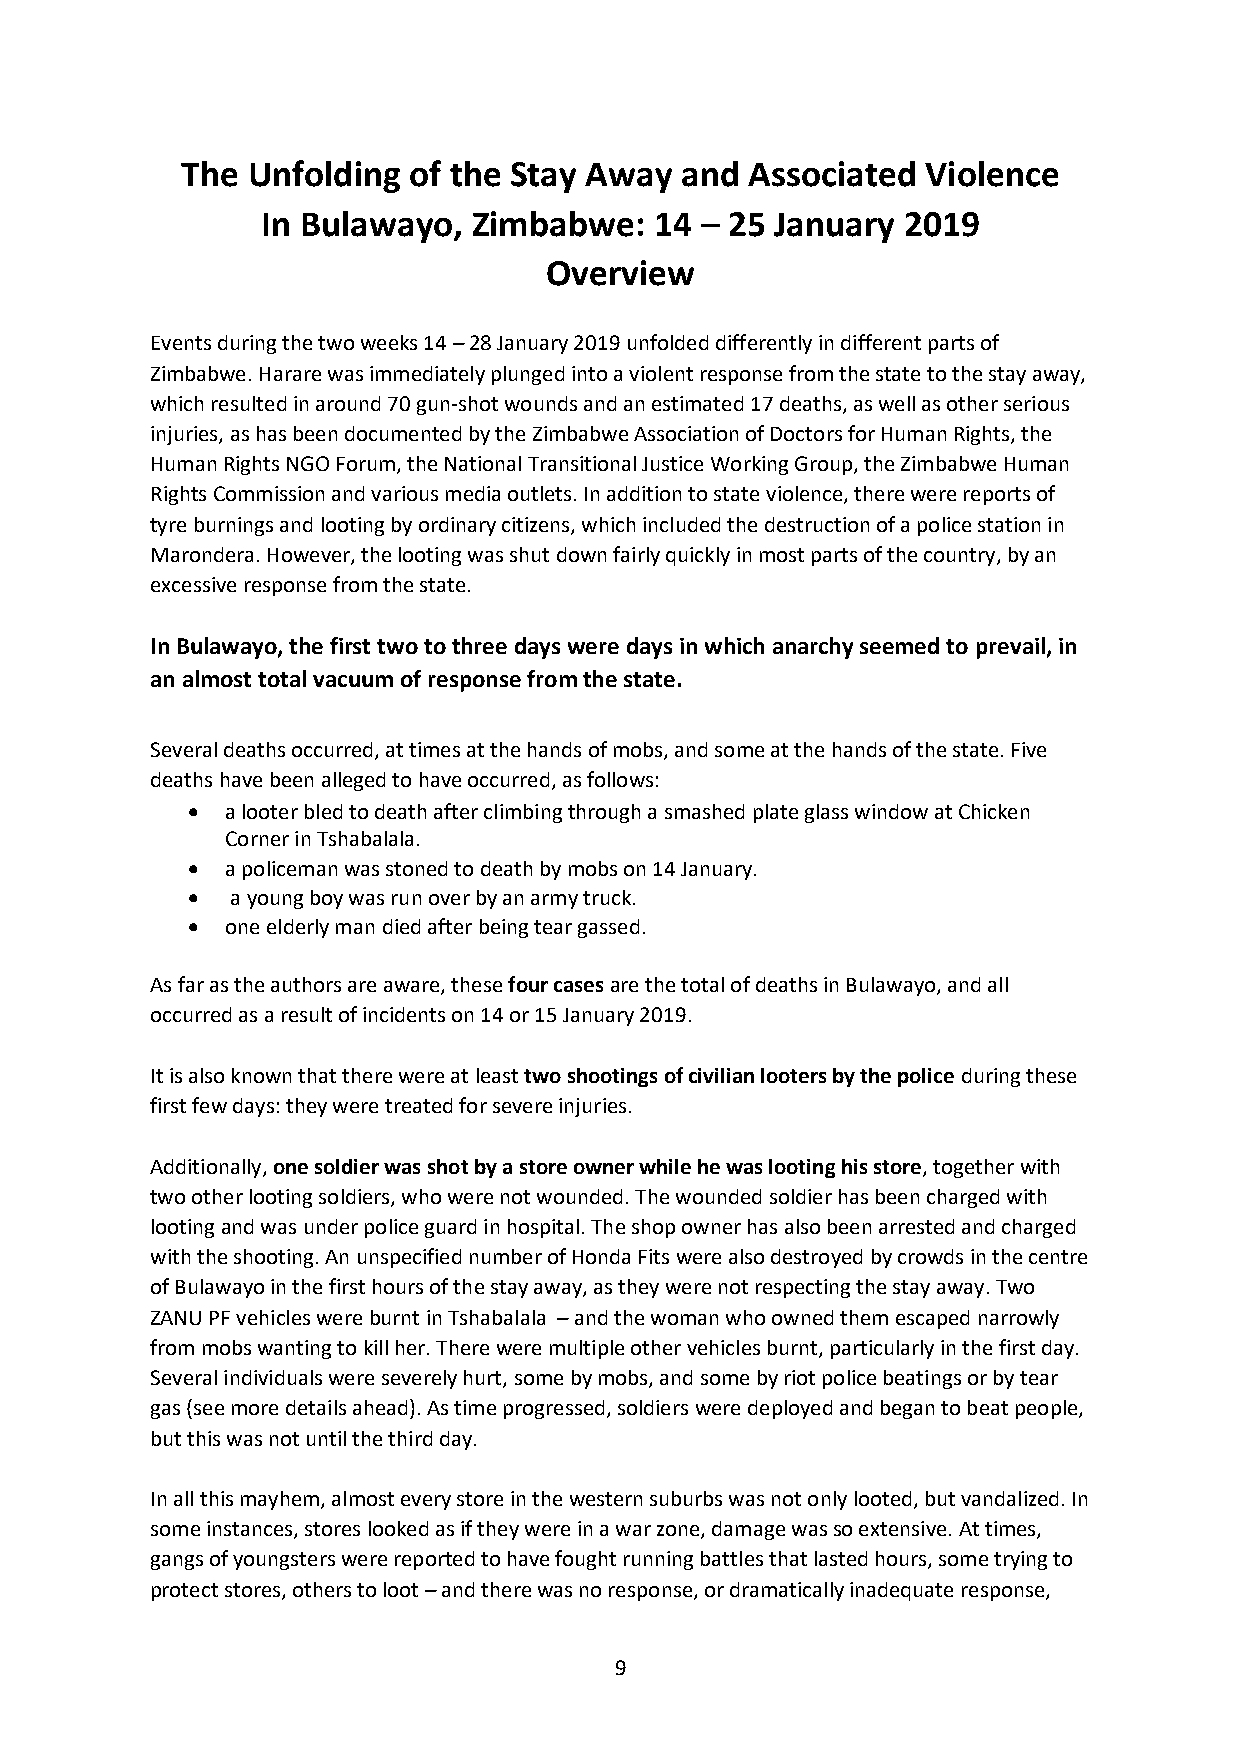
The Unfolding  of the Stay Away  and  Associated Violence
 In Bulawayo,  Zimbabwe:   14 – 25 January  2019
 Overview
 Events during the two weeks 14 – 28 January 2019 unfolded differently in different parts of
 Zimbabwe. Harare was immediately plunged into a violent response from the state to the stay away,
 which resulted in around 70 gun-shot wounds and an estimated 17 deaths, as well as other serious
 injuries, as has been documented by the Zimbabwe Association of Doctors for Human Rights, the
 Human Rights NGO Forum, the National Transitional Justice Working Group, the Zimbabwe Human
 Rights Commission and various media outlets. In addition to state violence, there were reports of
 tyre burnings and looting by ordinary citizens, which included the destruction of a police station in
 Marondera. However, the looting was shut down fairly quickly in most parts of the country, by an
 excessive response from the state.
 In Bulawayo, the first two to three days were days in which anarchy seemed to prevail, in
 an almost total vacuum of response from the state.
 Several deaths occurred, at times at the hands of mobs, and some at the hands of the state. Five
 deaths have been alleged to have occurred, as follows:
 •  a looter bled to death after climbing through a smashed plate glass window at Chicken
 Corner in Tshabalala.
 •  a policeman was stoned to death by mobs on 14 January.
 •  a young boy was run over by an army truck.
 •  one elderly man died after being tear gassed.
 As far as the authors are aware, these four cases are the total of deaths in Bulawayo, and all
 occurred as a result of incidents on 14 or 15 January 2019.
 It is also known that there were at least two shootings of civilian looters by the police during these
 first few days: they were treated for severe injuries.
 Additionally, one soldier was shot by a store owner while he was looting his store, together with
 two other looting soldiers, who were not wounded. The wounded soldier has been charged with
 looting and was under police guard in hospital. The shop owner has also been arrested and charged
 with the shooting. An unspecified number of Honda Fits were also destroyed by crowds in the centre
 of Bulawayo in the first hours of the stay away, as they were not respecting the stay away. Two
 ZANU PF vehicles were burnt in Tshabalala – and the woman who owned them escaped narrowly
 from mobs wanting to kill her. There were multiple other vehicles burnt, particularly in the first day.
 Several individuals were severely hurt, some by mobs, and some by riot police beatings or by tear
 gas (see more details ahead). As time progressed, soldiers were deployed and began to beat people,
 but this was not until the third day.
 In all this mayhem, almost every store in the western suburbs was not only looted, but vandalized. In
 some instances, stores looked as if they were in a war zone, damage was so extensive. At times,
 gangs of youngsters were reported to have fought running battles that lasted hours, some trying to
 protect stores, others to loot – and there was no response, or dramatically inadequate response,
 9